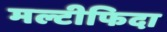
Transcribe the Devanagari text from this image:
मल्टीफिदा